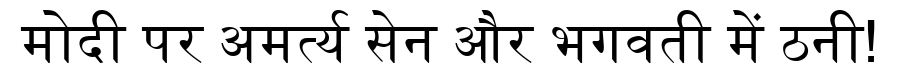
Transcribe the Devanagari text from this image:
मोदी पर अमर्त्य सेन और भगवती में ठनी!